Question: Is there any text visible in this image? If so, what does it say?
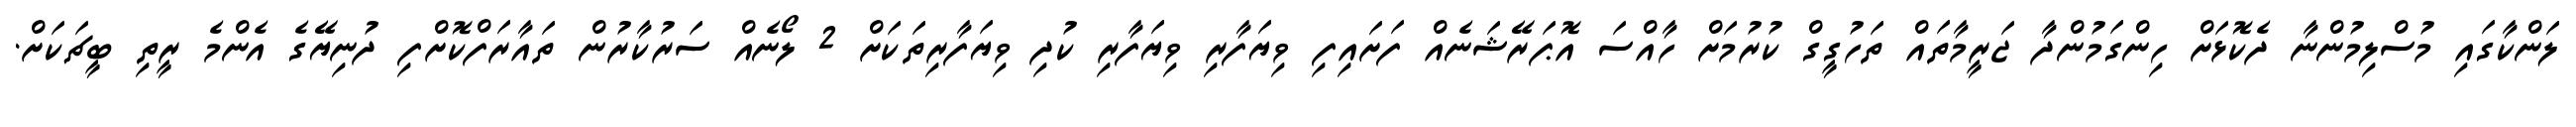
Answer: ލަންކާގައި މުސްލިމުންނާ ދެކޮޅަށް ހިންގަމުންދާ ޖަރީމާތައް ތަހުގީގް ކުރުމަށް ހާއްސަ އޮޕަރޭޝަނެއް ފަށައިފި ވިޔަފާރި ވިޔަފާރި ކުދި ވިޔަފާރިތަކަށް 2 ލޯނެއް ސަރުކާރުން ތައާރަފްކޮށްފި ދުނިޔޭގެ އެންމެ ރީތި ބީޗަކަށް.